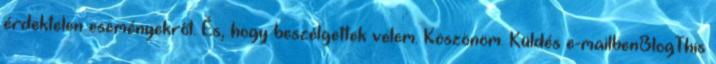
érdektelen eseményekről. És, hogy beszélgettek velem. Köszönöm. Küldés e-mailbenBlogThis